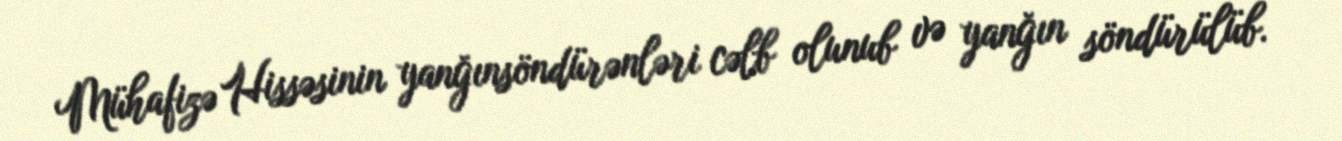
Mühafizə Hissəsinin yanğınsöndürənləri cəlb olunub və yanğın söndürülüb.